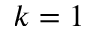
k = 1